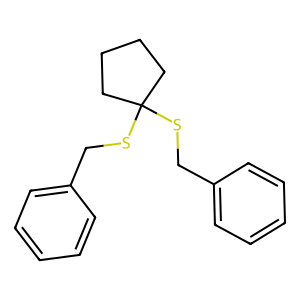
SMILES: c1ccc(CSC2(SCc3ccccc3)CCCC2)cc1
Inhibits HIV replication: No